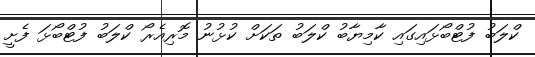
ކްލަބު ފުޓްބޯޅައިގައި ކާމިޔާބު ކްލަބު ތަކަށް ކުޅުނު މޮރިއެރޯ ކްލަބު ފުޓްބޯޅަ ފެށީ